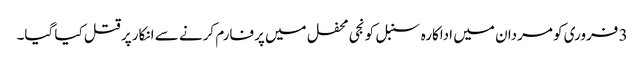
3 فروری کو مردان میں اداکارہ سنبل کو نجی محفل میں پرفارم کرنے سے انکار پر قتل کیا گیا۔